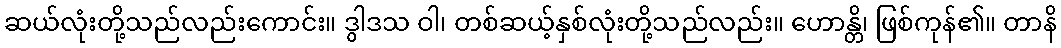
ဆယ်လုံးတို့သည်လည်းကောင်း။ ဒွါဒသ ဝါ၊ တစ်ဆယ့်နှစ်လုံးတို့သည်လည်း။ ဟောန္တိ၊ ဖြစ်ကုန်၏။ တာနိ